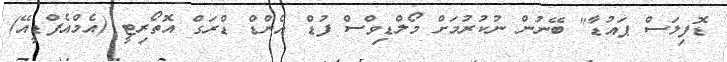
ޑޮފިލަސް ޕައުޑާ" ބޭނުން ނުކުރުމަށް މޯލްޑިވްސް ފުޑް އެންޑް ޑްރަގް އޮތޯރިޓީ (އެމްއެފްޑީއޭ)